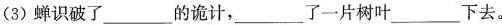
(3)蝉识破了___的诡计，___了一片树叶___下去。